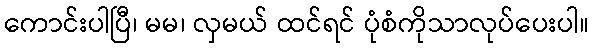
ကောင်းပါပြီ၊ မမ၊ လှမယ် ထင်ရင် ပုံစံကိုသာလုပ်ပေးပါ။